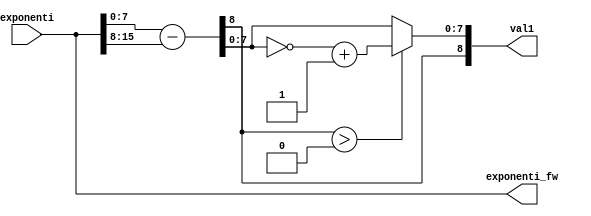
`timescale 1ns / 1ps
//////////////////////////////////////////////////////////////////////////////////
// Company: 
// Engineer: 
// 
// Design Name: 
// Module Name: comp_exp
// Project Name: 
// Target Devices: 
// Tool Versions: 
// Description: 
// 
// Dependencies: 
// 
// Revision:
// Revision 0.01 - File Created
// Additional Comments:
// 
//////////////////////////////////////////////////////////////////////////////////


module comp_exp(
    input [15:0]exponenti,
    output [15:0]exponenti_fw,
    output [8:0]val1
    );

    reg [8:0]diff;

    assign exponenti_fw = exponenti;

    always @(*)
        begin
            diff = exponenti[7:0] - exponenti[15:8];
    
            if(diff[8] > 0)
                diff[7:0] = ~diff[7:0] + 1;
        end

    assign val1 = diff;

endmodule